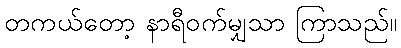
တကယ်တော့ နာရီဝက်မျှသာ ကြာသည်။